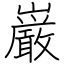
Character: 巌